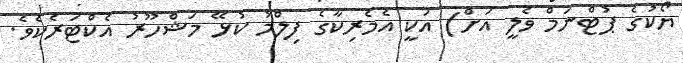
ޔޯކުގެ ޕުޓްނަމް ވެލީ އަށް) އަކީ އެމެރިކާގެ ފިލްމު ކުޅޭ މަޝްހޫރު އެކްޓަރެކެވެ.